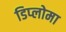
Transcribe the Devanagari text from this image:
डिप्‍लोमा